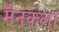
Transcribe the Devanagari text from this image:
मैनकला